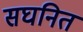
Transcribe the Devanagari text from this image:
सघनित